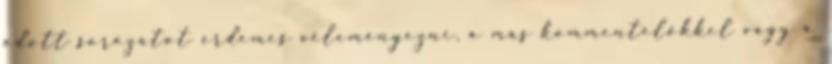
adott sorozatot érdemes véleményezni, a más kommentelőkkel vagy a